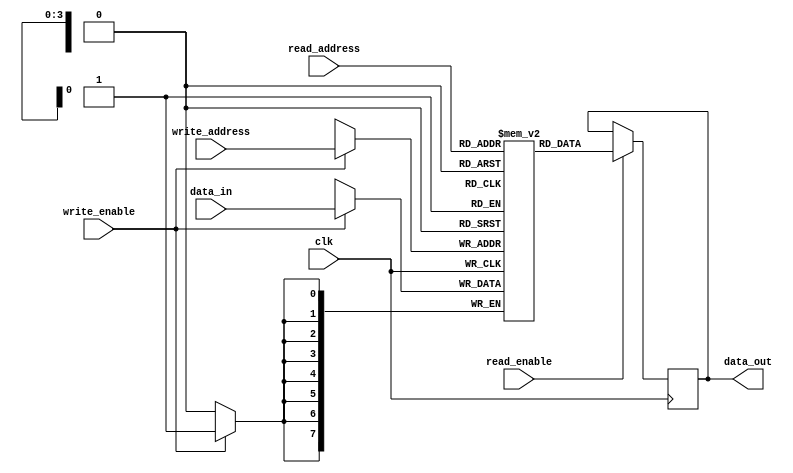
module register_file
(
input wire clk,
input wire read_enable,
input wire write_enable,
input wire [3:0] read_address,
input wire [3:0] write_address,
input wire [7:0] data_in,
output reg [7:0] data_out
);

reg [7:0] registers [15:0];

always @(posedge clk)
begin
if(write_enable)
registers[write_address] <= data_in;

if(read_enable)
data_out <= registers[read_address];
end

endmodule